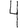
Digit: 4